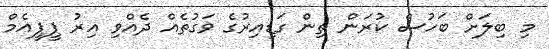
މި ބިލަށް ބަހުސް ކުރަން ތިން ގަޑިއިރުގެ ވަގުތެއް ދެއްވި އިރު ޕީޕީއެމް